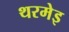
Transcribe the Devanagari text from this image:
थरमेइ